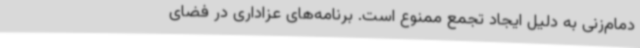
دمام‌زنی به دلیل ایجاد تجمع ممنوع است. برنامه‌های عزاداری در فضای